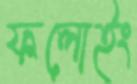
ফলোইং